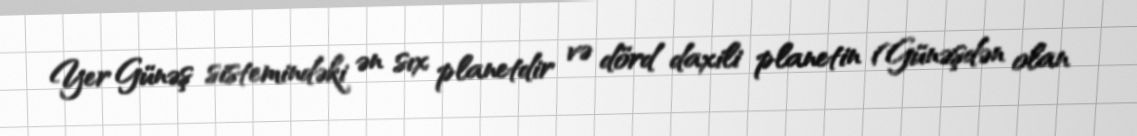
Yer Günəş sistemindəki ən sıx planetdir və dörd daxili planetin (Günəşdən olan